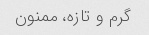
گرم و تازه، ممنون